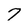
Character: 7